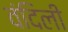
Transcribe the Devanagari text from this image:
वंदिली